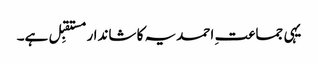
یہی جماعت ِ احمدیہ کا شاندار مستقبِل ہے۔